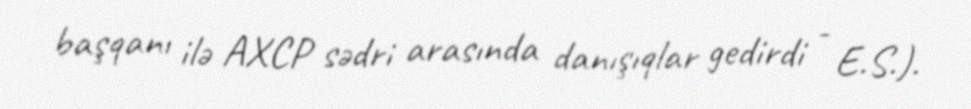
başqanı ilə AXCP sədri arasında danışıqlar gedirdi - E.S.).